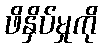
ဖိနှိပ်မှုကို